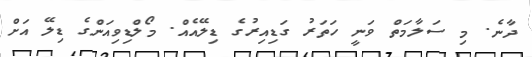
ދާނެ. މި ސަލާމަތް ވަނީ ހަތަރު ގަޑިއިރުގެ ޑިލޭއެއް. މޯލްޑިވިއަންގެ ޑިލޭ އަށް